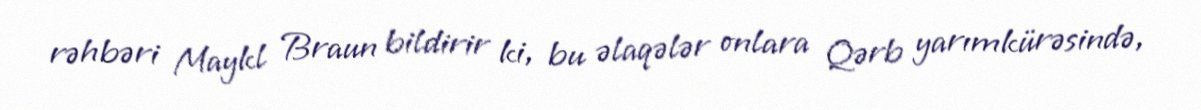
rəhbəri Maykl Braun bildirir ki, bu əlaqələr onlara Qərb yarımkürəsində,